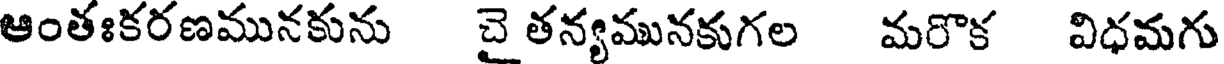
ఆంతఃకరణమునకును చైతన్యమునకుగల మరొక విధమగు